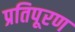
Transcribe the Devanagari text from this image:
प्रतिपूरण